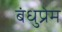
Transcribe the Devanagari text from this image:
बंधुप्रेम